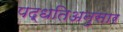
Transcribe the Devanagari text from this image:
पद्धतिअनुसार